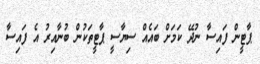
ޕާޓީން ފައިސާ ނުދޭ ކަމަށް ބައެއް ސިޔާސީ ޕާޓީތަކުން ބުނާއިރު އެ ފައިސާ